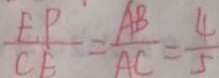
\frac { E P } { C E } = \frac { A B } { A C } = \frac { 4 } { 5 }